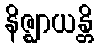
နိဇ္ဈာယန္တိ